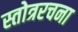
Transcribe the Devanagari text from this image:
स्तोत्ररचना